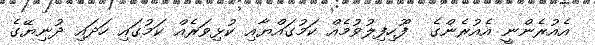
އެއުރެންނީ އެއުރެންގެ  ފޫހިފިލުވުމެއް ކަމުގައްޔާއި ކުޅިވަރެއް ކަމުގައި ހަދައި ދުނިޔޭގެ